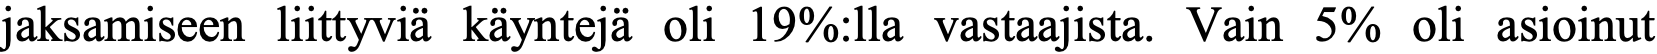
jaksamiseen liittyviä käyntejä oli 19%:lla vastaajista. Vain 5% oli asioinut